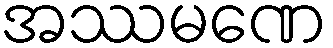
အဿမဏေ